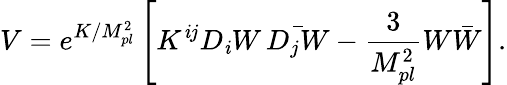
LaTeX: V=e^{K/M_{pl}^{2}}\left[K^{\mathit{i}j}D_{\mathit{i}}W\, \bar{{D_{j}W}}-\frac{{3}}{{M_{pl}^{2}}}W\bar{{W}}\right].